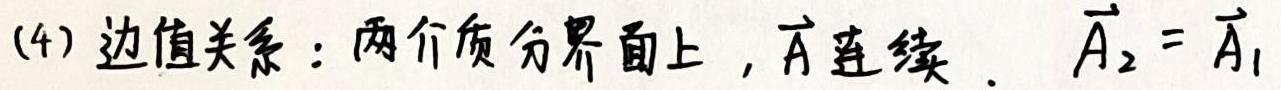
(4) 边值关系：两个介质分界面上，$\vec{A}$ 连续. $\vec{A}_2 = \vec{A}_1$